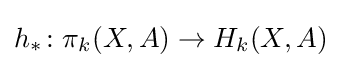
h_{*}\colon \pi _{k}(X,A)\to H_{k}(X,A)